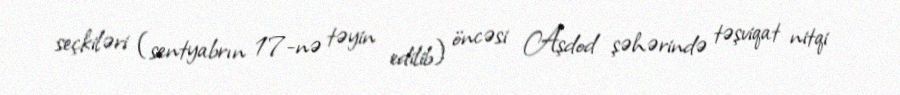
seçkiləri (sentyabrın 17-nə təyin edilib) öncəsi Aşdod şəhərində təşviqat nitqi